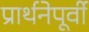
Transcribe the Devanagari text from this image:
प्रार्थनेपूर्वी